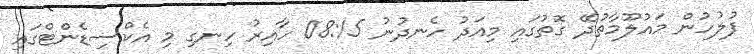
ފުލުހުން މައުލޫމާތުދޭ ގޮތުގައި މިއަދު ހެނދުނު 08:15 ހާއިރު ހިނގި މި އެކްސިޑެންޓްގައި